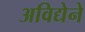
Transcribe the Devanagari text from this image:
अविद्येने